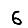
Digit: 6